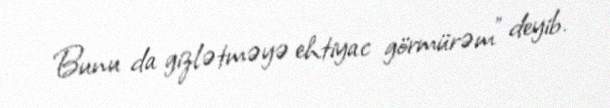
Bunu da gizlətməyə ehtiyac görmürəm” deyib.